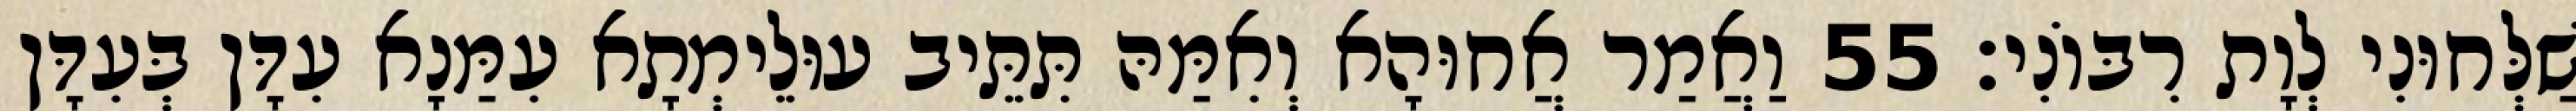
שַׁלְּחוּנִי לְוָת רִבּוֹנִי׃ 55 וַאֲמַר אֲחוּהָא וְאִמַּהּ תִּתֵּיב עוּלֵימְתָא עִמַּנָא עִדָּן בְּעִדָּן